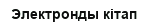
Электронды кітап